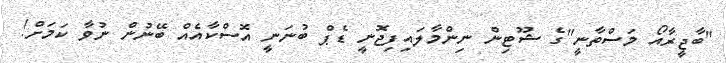
"ބާޖީރާއޯ މަސްތާނީ"ގެ ޝޫޓިން ނިންމާލައިފިޖޮނީ ޑެޕް ބުނަނީ އޮސްކާއެއް ބޭނުން ނުވާ ކަމަށް!